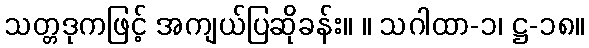
သတ္တဒုကဖြင့် အကျယ်ပြဆိုခန်း။ ။ သဂါထာ-၁၊ ဋ္ဌ-၁၈။